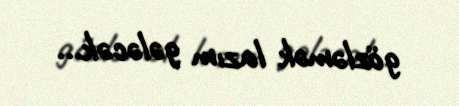
gözləmək lazım gələcək...